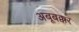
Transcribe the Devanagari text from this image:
अबूबक्कर